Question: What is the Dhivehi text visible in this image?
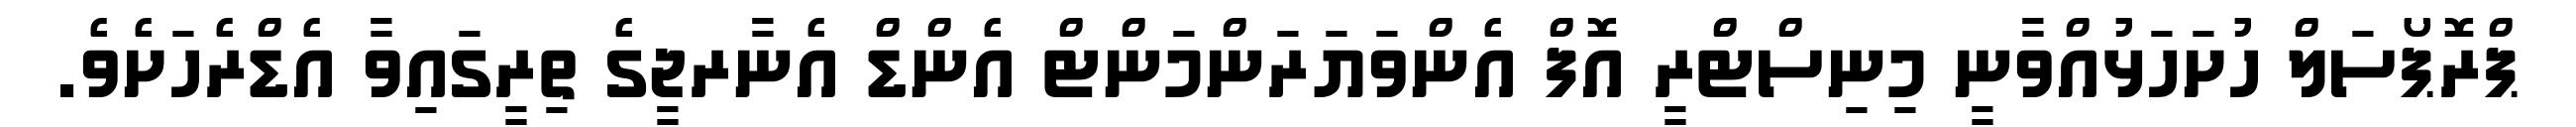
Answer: ޕްރޮޕޯސަލް ހުށަހަޅުއްވާނީ މިނިސްޓްރީ އޮފް އެންވަޔަރަންމަންޓް އެންޑް އެނާރޖީގެ ތިރީގައިވާ އެޑްރެހަށެވެ.